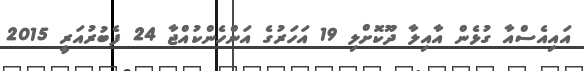
އައިއެސްއާ ގުޅެން އާއިލާ ދޫކޮށްލި 19 އަހަރުގެ އަންހެންކުއްޖާ 24 ފެބުރުއަރީ 2015